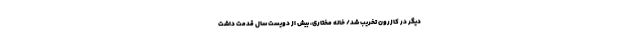
دیگر در کازرون تخریب شد/ خانه مختاری،‌ بیش از دویست سال قدمت داشت